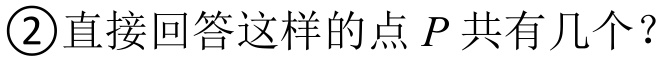
\textcircled{2}直接回答这样的点\(P\)共有几个？